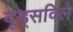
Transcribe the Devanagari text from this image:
वूड्सविले